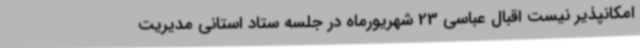
امکانپذیر نیست اقبال عباسی 23 شهریورماه در جلسه ستاد استانی مدیریت